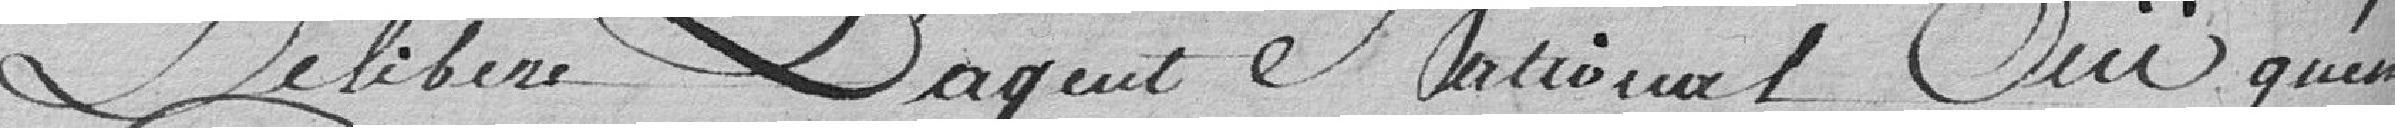
Délibère l'agent National, ouï qu'en